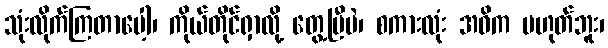
သုံးလိုက်ကြတာပေါ့၊ ကိုယ်တိုင်ရှာလို့ တွေ့ပြီပဲ၊ စကားလုံး အဓိက မဟုတ်ဘူး၊